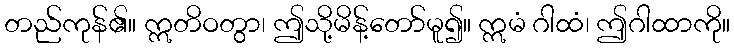
တည်ကုန်၏။ ဣတိဝတွာ၊ ဤသို့မိန့်တော်မူ၍။ ဣမံ ဂါထံ၊ ဤဂါထာကို။